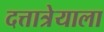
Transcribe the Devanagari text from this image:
दत्तात्रेयाला